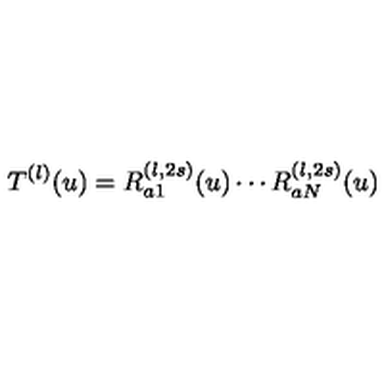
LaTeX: T ^ { ( l ) } ( u ) = R _ { a 1 } ^ { ( l , 2 s ) } ( u ) \cdots R _ { a N } ^ { ( l , 2 s ) } ( u )